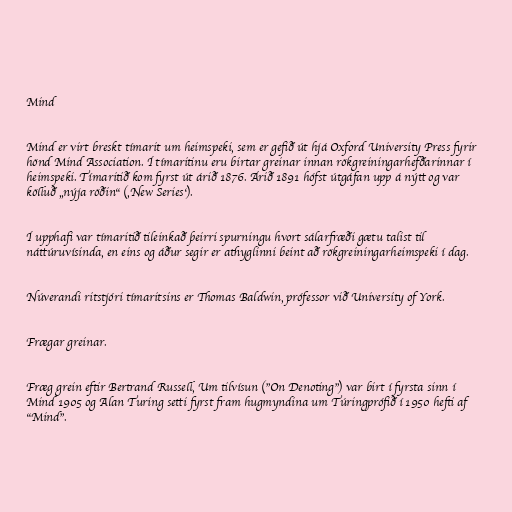
Mind

Mind er virt breskt tímarit um heimspeki, sem er gefið út hjá Oxford University Press fyrir
hönd Mind Association. Í tímaritinu eru birtar greinar innan rökgreiningarhefðarinnar í
heimspeki. Tímaritið kom fyrst út árið 1876. Árið 1891 hófst útgáfan upp á nýtt og var
kölluð „nýja röðin“ (‚New Series‘).

Í upphafi var tímaritið tileinkað þeirri spurningu hvort sálarfræði gætu talist til
náttúruvísinda, en eins og áður segir er athyglinni beint að rökgreiningarheimspeki í dag.

Núverandi ritstjóri tímaritsins er Thomas Baldwin, prófessor við University of York.

Frægar greinar.

Fræg grein eftir Bertrand Russell, Um tilvísun ("On Denoting") var birt í fyrsta sinn í
Mind 1905 og Alan Turing setti fyrst fram hugmyndina um Túringprófið í 1950 hefti af
"Mind".